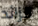
الزائد